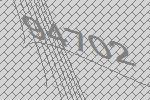
94702